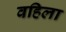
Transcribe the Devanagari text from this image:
वहिला